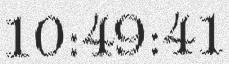
10:49:41